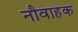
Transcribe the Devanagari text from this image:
नौवाहक